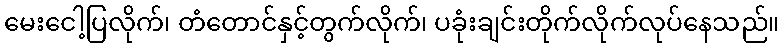
မေးငေါ့ပြလိုက်၊ တံတောင်နှင့်တွက်လိုက်၊ ပခုံးချင်းတိုက်လိုက်လုပ်နေသည်။